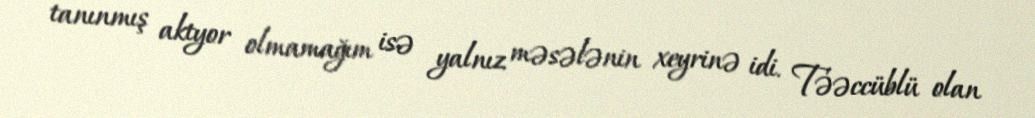
tanınmış aktyor olmamağım isə yalnız məsələnin xeyrinə idi. Təəccüblü olan